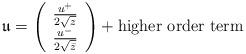
LaTeX: \begin{align*}\mathfrak{u}=\left(\begin{array}{c}\frac{u^+}{2\sqrt{z}}\\\frac{u^-}{2\sqrt{\bar{z}}}\end{array}\right)+\mbox{higher order term}\end{align*}